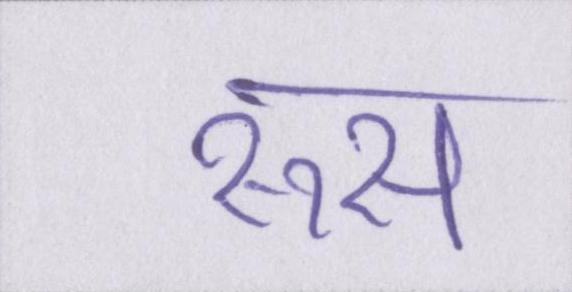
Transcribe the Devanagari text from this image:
रूस